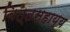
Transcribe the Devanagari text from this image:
वित्तसहाय्य